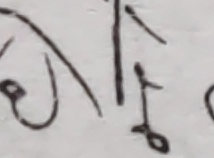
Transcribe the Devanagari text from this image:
को